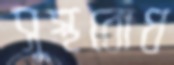
সুস্থবোধ